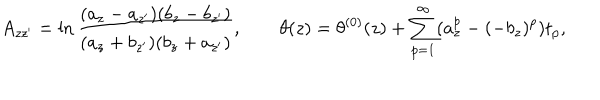
LaTeX: A _ { z z ^ { \prime } } = \ln \frac { ( a _ { z } - a _ { z ^ { \prime } } ) ( b _ { z } - b _ { z ^ { \prime } } ) } { ( a _ { z } + b _ { z ^ { \prime } } ) ( b _ { z } + a _ { z ^ { \prime } } ) } , \qquad \theta ( z ) = \theta ^ { ( 0 ) } ( z ) + \sum _ { p = 1 } ^ { \infty } ( a _ { z } ^ { p } - ( - b _ { z } ) ^ { p } ) t _ { p } ,